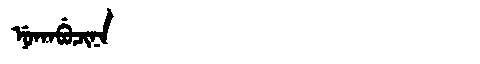
Manchu: ᠨᡠᡴᠠᠪᡠᠴᡳᠨᠠ
Romanization: NUKABUCINA